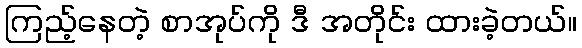
ကြည့်နေတဲ့ စာအုပ်ကို ဒီ အတိုင်း ထားခဲ့တယ်။